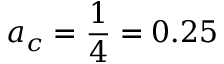
a _ { c } = \frac { 1 } { 4 } = 0 . 2 5